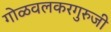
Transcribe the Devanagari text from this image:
गोळवलकरगुरुजी